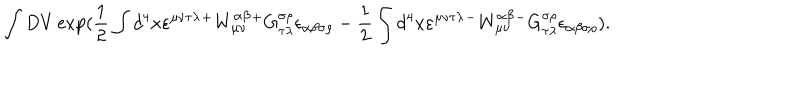
\int D V \exp ( \frac 1 2 \int d ^ { 4 } x \varepsilon ^ { \mu \nu \tau \lambda } { } ^ { + } W _ { \mu \nu } ^ { \alpha \beta } { } ^ { + } G _ { \tau \lambda } ^ { \sigma \rho } { } \epsilon _ { \alpha \beta \sigma \rho } - \frac 1 2 \int d ^ { 4 } x \varepsilon ^ { \mu \nu \tau \lambda } { } ^ { - } W _ { \mu \nu } ^ { \alpha \beta } { } ^ { - } G _ { \tau \lambda } ^ { \sigma \rho } { } \epsilon _ { \alpha \beta \sigma \rho } ) .